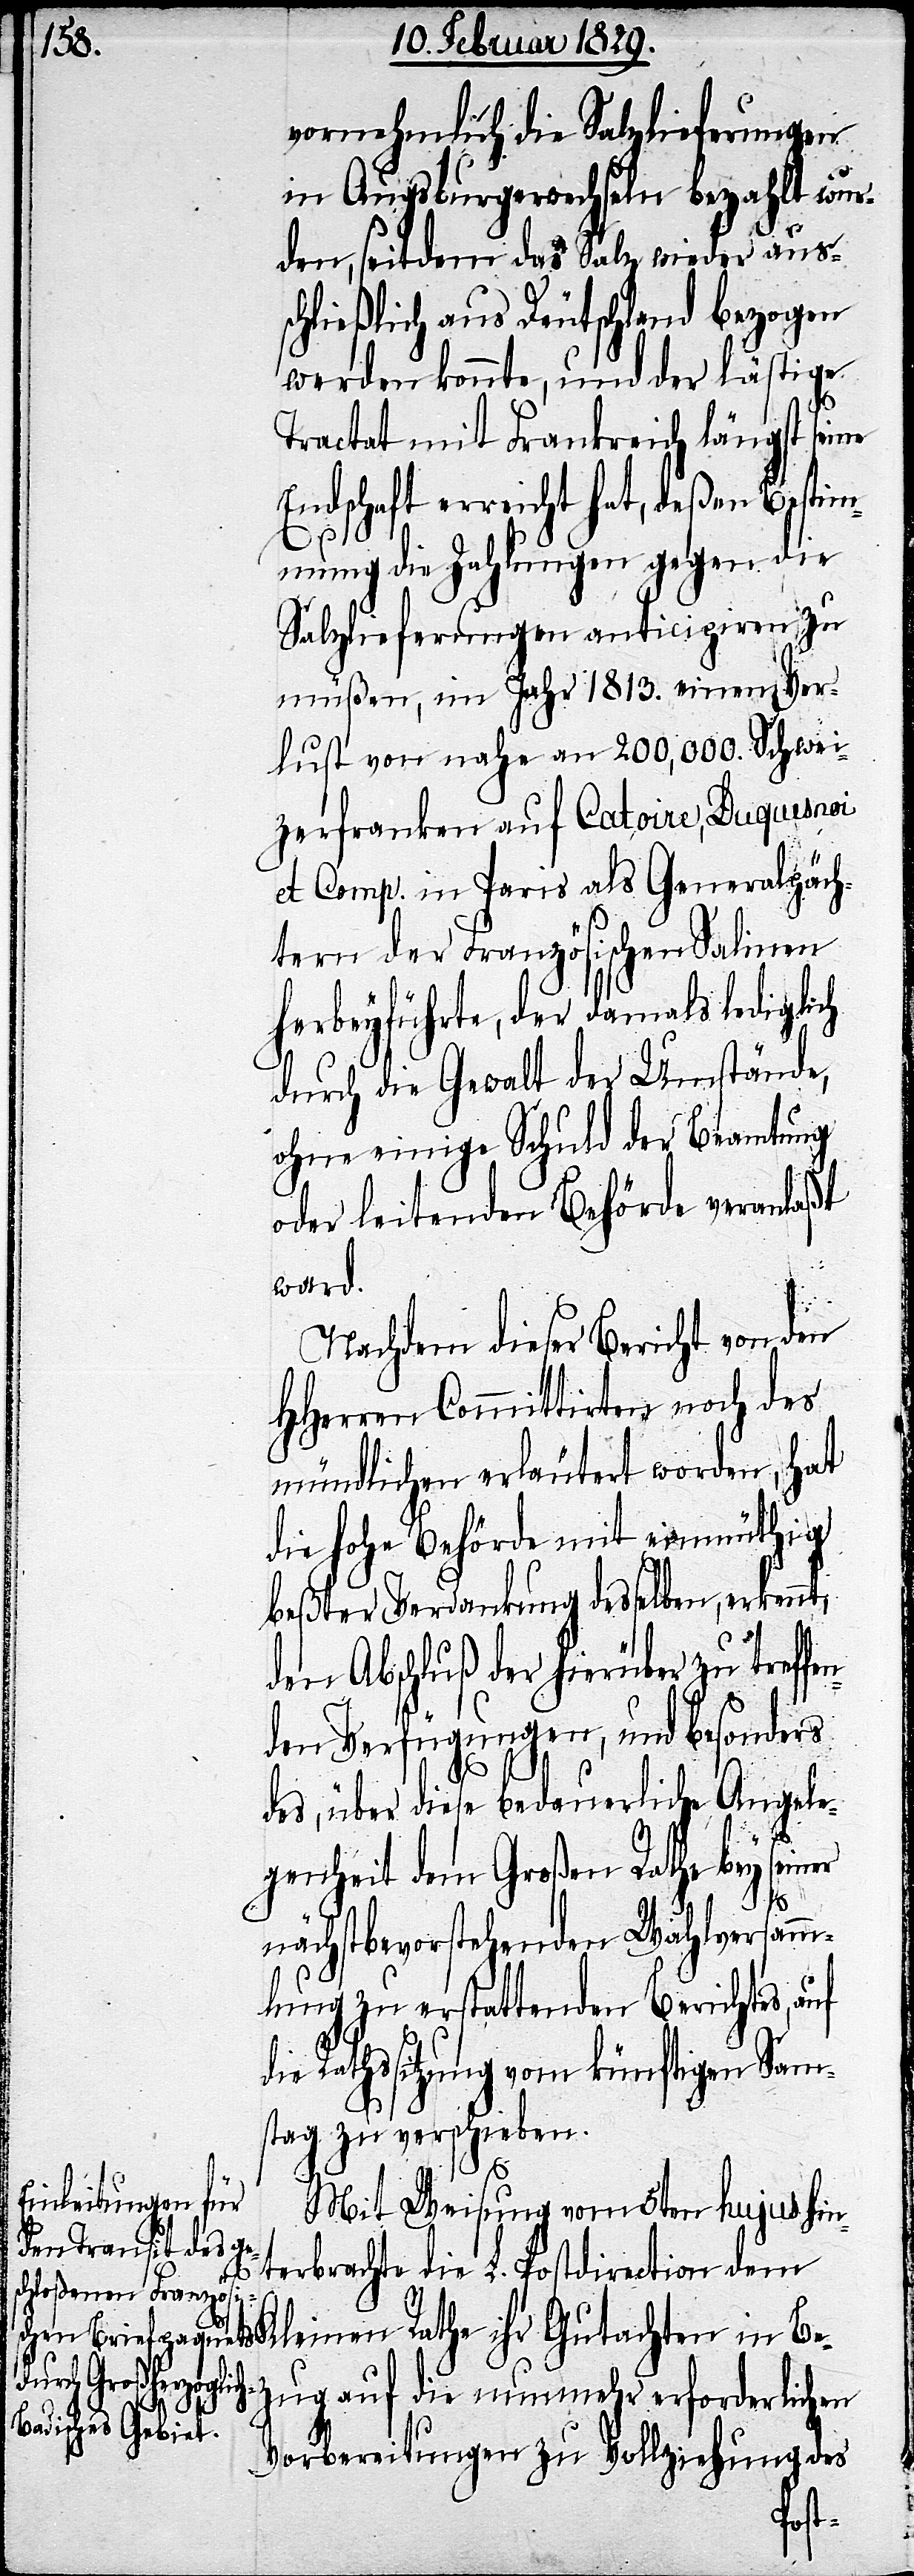
vornehmlich die Salzlieferungen
in Augsburgerwechseln bezahlt wur¬
den, seitdem das Salz wieder auss¬
chließlich aus Deutschland bezogen
werden konnte, und der lästige
Tractat mit Frankreich längst seine
Endschaft erreicht hat, deßen Bestim¬
mung die Zahlungen gegen die
Salzlieferungen anticipiren zu
müßen, im Jahr 1813. einen Ver¬
lust von nahe 200,000 Schwei¬
zerfranken auf Catoire, Duquesnoi
et Comp. in Paris als Generalpäch¬
tern der Französischen Salinen
herbeyführte, der damals lediglich
durch die Gewalt der Umstände,
ohne einige Schuld der Beamtung
oder leitenden Behörde veranlaßt
er
ward.
Nachdem dieser Bericht von den
HHerren Committirten noch des
mündlichen erläutert worden, hat
die hohe Behörde mit einmüthig
beßter Verdankung desselben, erkennt,
den Abschluß der hierüber zu tref¬
den Verfügungen, und besonders
des, über diese bedauerliche Angele¬
genheit dem Großen Rathe bey sein¬
nächstbevorstehenden Wahlversamm¬
lung zu erstattenden Berichtes,
die Rathssitzung vom künftigen Sam¬
stag zu verschieben.
Mit Weisung vom 5ten hujus hin¬
terbrachte die L. Postdirection dem
Kleinen Rathe ihr Gutachten in Bez¬
ug auf die nunmehr erforderlichen
Vorbereitungen zu Vollziehung des
fen¬